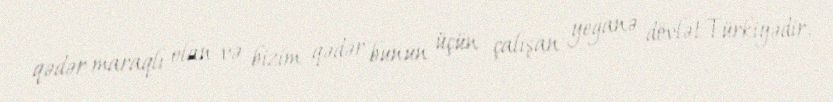
qədər maraqlı olan və bizim qədər bunun üçün çalışan yeganə dövlət Türkiyədir.